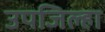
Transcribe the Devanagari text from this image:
उपजिल्हा